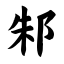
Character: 邾